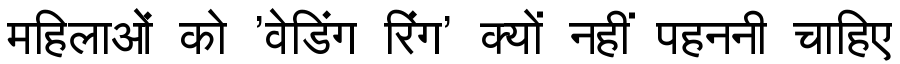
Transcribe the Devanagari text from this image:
महिलाओं को 'वेडिंग रिंग' क्यों नहीं पहननी चाहिए